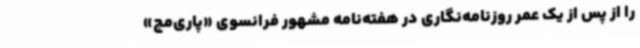
را از پس از یک عمر روزنامه‌نگاری در هفته‌نامه‌ مشهور فرانسوی «پاری‌مچ»